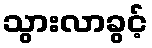
သွားလာခွင့်